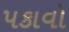
પકાવો